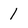
Character: 1